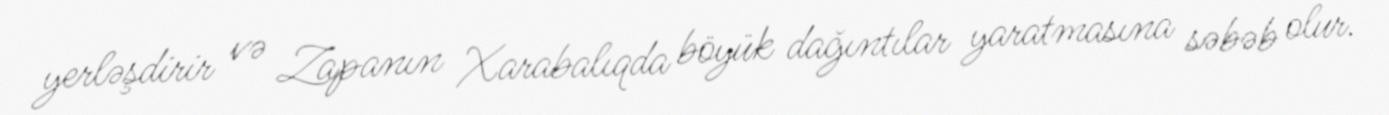
yerləşdirir və Zapanın Xarabalıqda böyük dağıntılar yaratmasına səbəb olur.